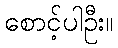
စောင့်ပါဦး။